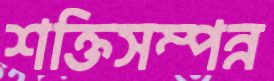
শক্তিসম্পন্ন